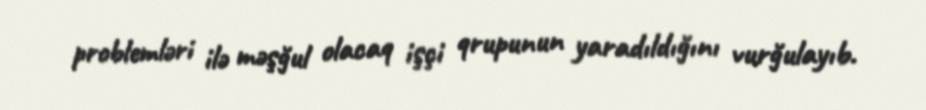
problemləri ilə məşğul olacaq işçi qrupunun yaradıldığını vurğulayıb.